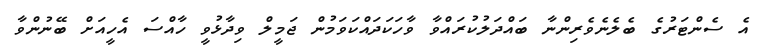
އެ ސެންޓަރުގެ ބެލެނެވެރިންނާ ބައްދަލުކުރައްވާ ވާހަކަދައްކަވަމުން ޖަމީލް ވިދާޅުވީ ހާއްސަ އެހީއަށް ބޭނުންވާ